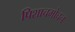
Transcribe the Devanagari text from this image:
पिशाचमोचन